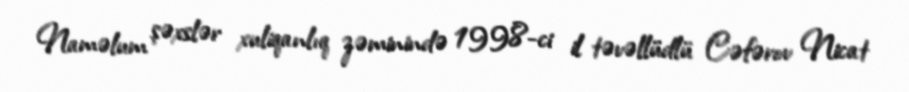
Naməlum şəxslər xuliqanlıq zəminində 1998-ci il təvəllüdlü Cəfərov Nicat